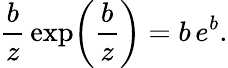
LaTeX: \frac{b}{z}\, \exp\! \left(\frac{b}{z}\right)=b\, e^{b}.